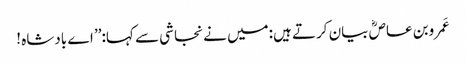
عَمروبن عاصؓ بیان کرتے ہیں:میں نے نجاشی سے کہا:’’ اے بادشاہ !